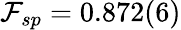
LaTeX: \mathcal{F}_{sp}=0.872(6)